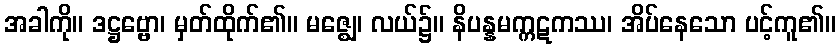
အခါကို။ ဒဋ္ဌဗ္ဗော၊ မှတ်ထိုက်၏။ မဇ္ဈေ၊ လယ်၌။ နိပန္နမက္ကဋကဿ၊ အိပ်နေသော ပင့်ကူ၏။